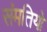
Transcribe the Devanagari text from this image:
संमतियो